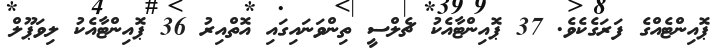
ޕޮއިންޓެއްގެ ފަރަގެކެވެ. 37 ޕޮއިންޓާއެކު ޗެލްސީ ތިންވަނައިގައި އޮތްއިރު 36 ޕޮއިންޓާއެކު ލިވަޕޫލް